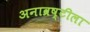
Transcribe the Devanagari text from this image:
अनाव्रष्टीला